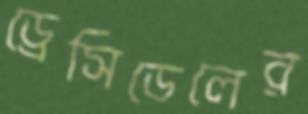
ড্রেসিডেলের